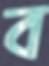
ব